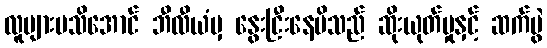
လူများမသိအောင် ဘီလီယံမှ နွေးငြီးနေမိသည် ဆိုးယုတ်မှုနှင့် ဆက်ပွဲ